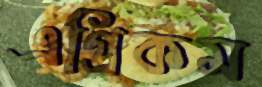
এগ্রিকম